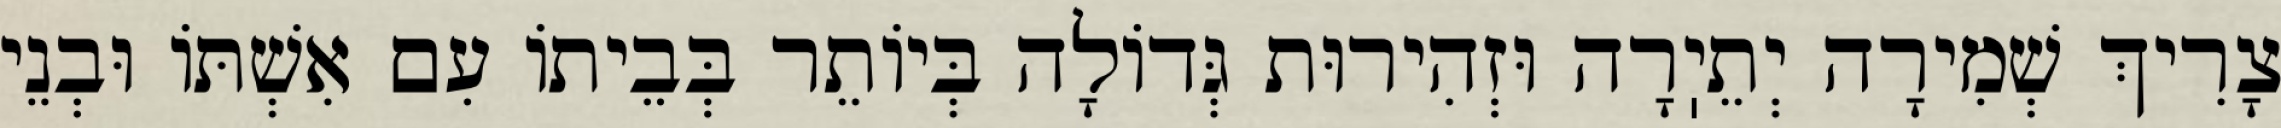
צָרִיךְ שְׁמִירָה יְתֵיֽרָה וּזְהִירוּת גְּדוֹלָה בְּיוֹתֵר בְּבֵיתוֹ עִם אִשְׁתּוֹ וּבְנֵי